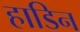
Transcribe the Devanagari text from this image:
हाडिन